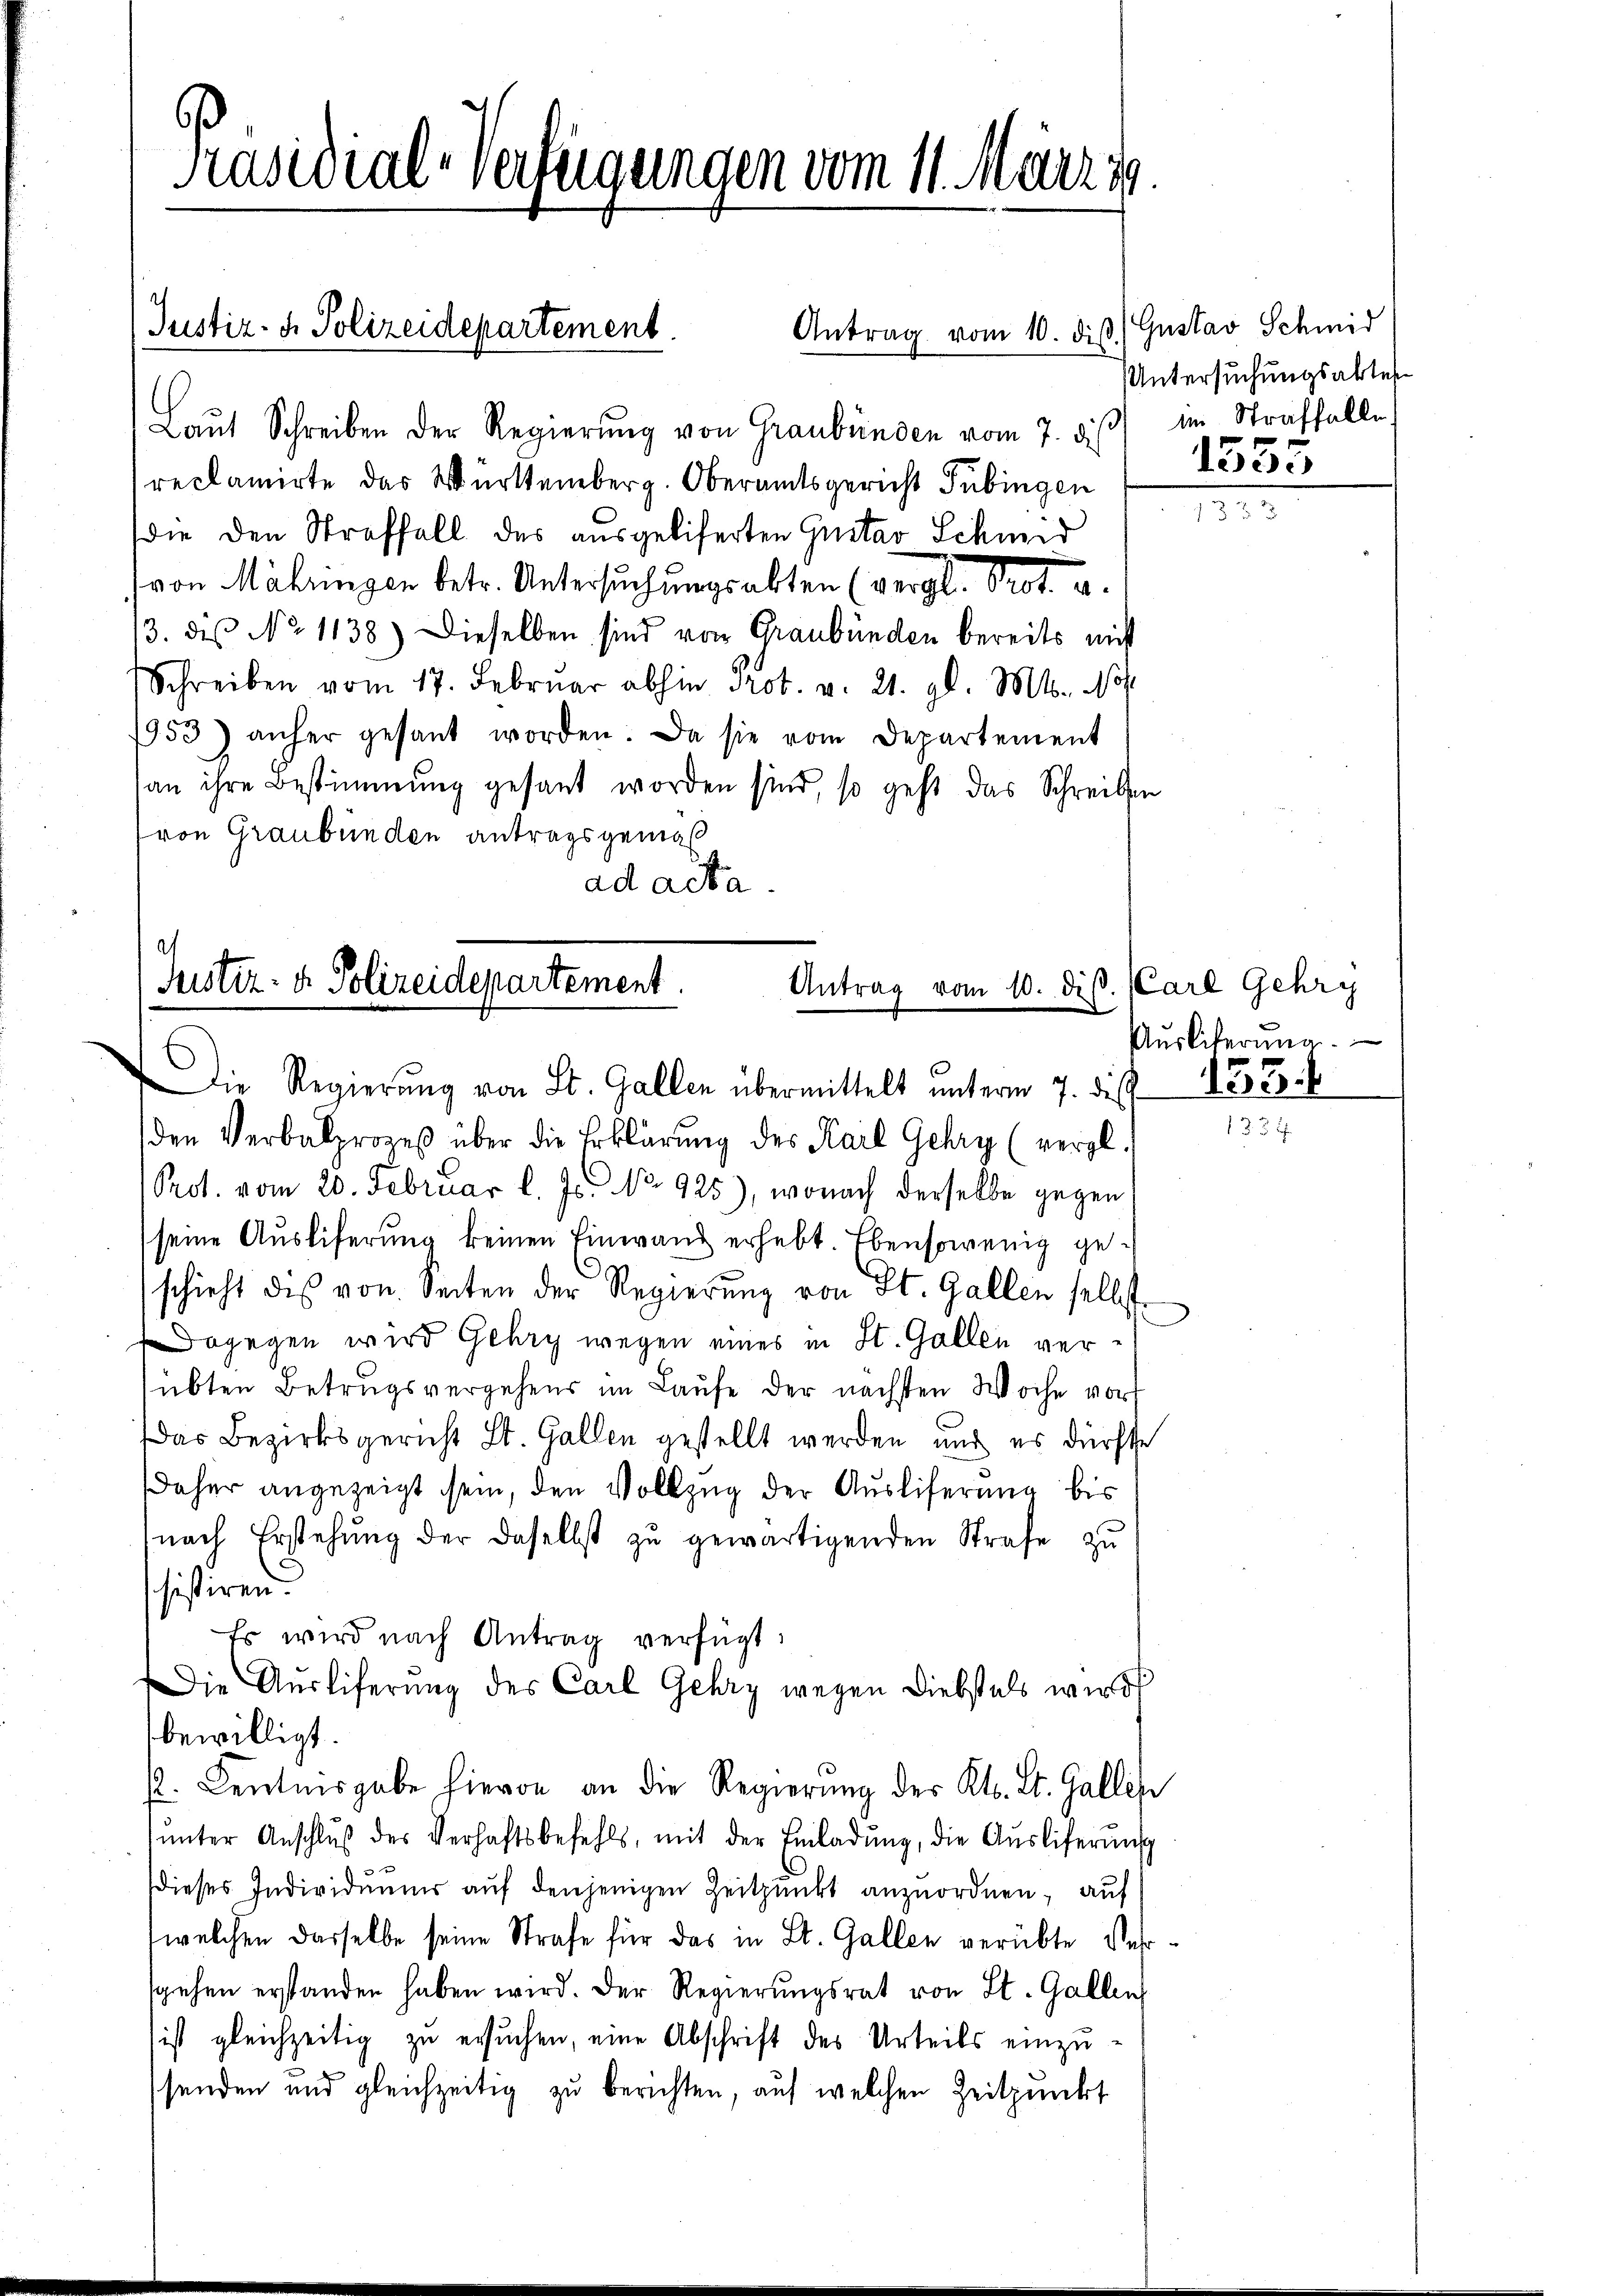
6
Präsidial-Verfügungen vom 11. März 18.

Justiz- & Polizeidepartement.
Antrag vom 10. diβ) Gustav Schmid

d
Justiz- & Polizeidepartement.
Antrag vom 10. diβ.
Die Regierŭng von St. Gallen übermittelt ŭnterm 7. die 157. 6

Laŭt Schreiben der Regierŭng von Graubünden vom 7. dβ im Straffalle
reclamirte das Württemberg. Oberamtsgericht Tübingen
die den Straffall des ausgeliferten Gustav Schmid
von Mähringen betr. Untersuchungsabten (vergl. Prot. u.
3. des No 1138) Dieselben sind von Graubünden bereits nicht
Schreiben vom 17. Febrŭar abhin Prot. v. 21. gl. Mts. No
953) anher gesant worden. Da sie vom Departement
an ihre Bestimmung gesant worden sind, so geht das Schreiben
(von Graubünden antragsgemäß
ad acta

den Verbalprozeß über die Erklärung des Karl Gehry (vergl.
Prot. vom 20. Februar l. Js. No. 925), wonach derselbe gegen
seine Ausliferung keinen Einwand erhebt. Ebensowenig geschieht dis von Seiten der Regierŭng von St. Gallen selbst
Dagegen wird Gehry wegen eines in St. Gallen versübten Betrugsvergehens im Laufe der nächsten Woche vor
Das Bezirksgericht St. Gallen gestellt werden, und es dürfte
Daher angezeigt sein, den Vollzug der Ausliferung bis
nach Erstehung der daselbst zu gewärtigenden Strafe zu
sistiren.
Es wird nach Antrag verfügt:
Die Ausliferung des Carl Gehry wegen Diebstals wird
bewilligt.
. Centnisgabe hievon an die Regierŭng der Kl. St. Gallen
ŭnter Anschlŭβ des Verhaftsbefehls, mit der Einladŭng, die Aŭsliferŭng
dieses Individuums aŭf denjenigen Zeitpunkt anzuordnen, auf
welchen dasselbe seine Strafe für das in St. Gallen verübte Versgehen erstanden haben wird. Der Regierungsrat von St. Gallen
ist gleichzeitig zu ersuchen, eine Abschrift des Urteils einzusenden und gleichzeitig zu berichten, auf welchen Zeitpunkt

Untersuchungsakter

1535

CCarl Gehry
Auslieferung.